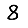
Digit: 8